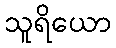
သူရိယော